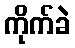
ကိုက်ခဲ